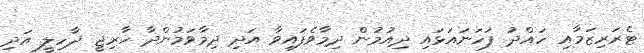
ޓެރަރިޒަމާއި ހައްދު ފަހަނައަޅައި ދިއުމުން ދިމާވެފައިވާ އަދި ދިމާވަމުންދާ ހާރިޖީ ދާހިލީ އަދި